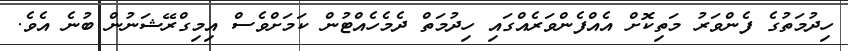
ހިދުމަތުގެ ފެންވަރު މަތިކޮށް އެއްފެންވަރެއްގައި ހިދުމަތް ދެމެހެއްޓުން ކަމަށްވެސް އިމިގްރޭޝަނުން ބުނެ އެވެ.